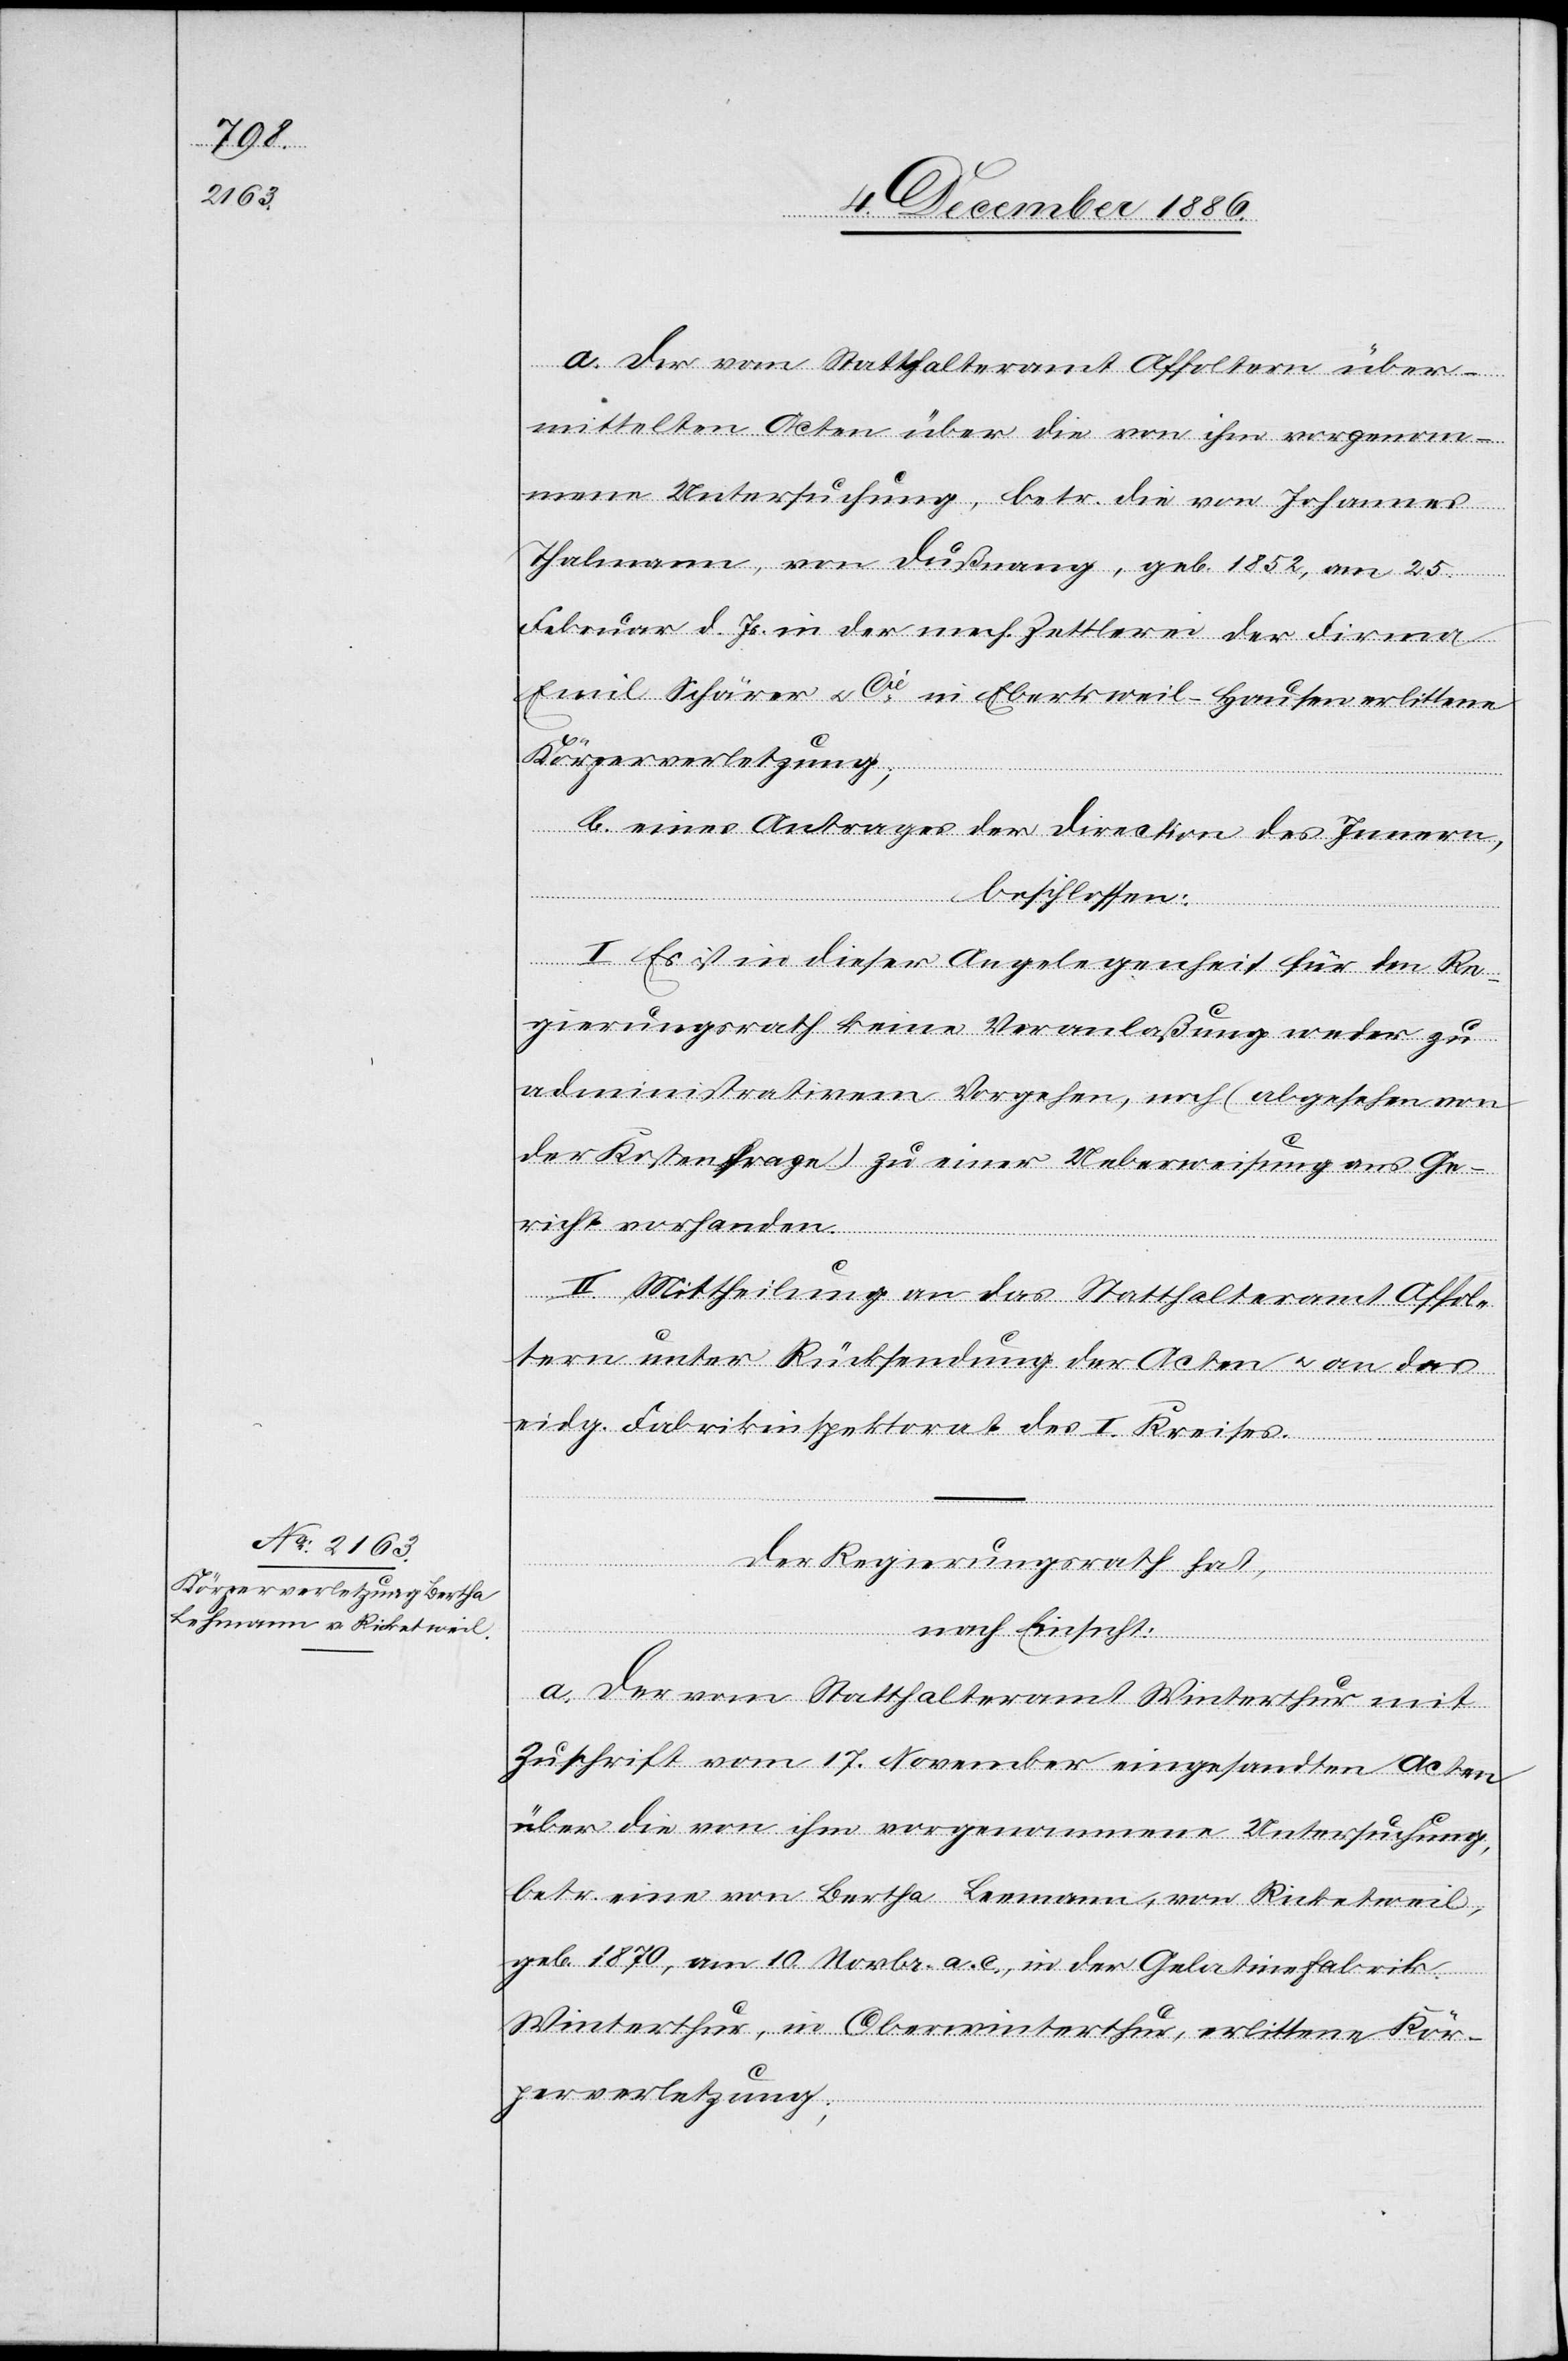
a. der vom Statthalteramt Affoltern über¬
mittelten Acten über die von ihm vorgenom¬
mene Untersuchung, betr. die von Johannes
Thalmann, von Dußnang, geb. 1852, am 25.
Februar d. Js. in der mech. Zettlerei der Firma
Emil Schärer & Cie in Ebertsweil - Hausen erlittene
Körperverletzung;
b. eines Antrages der Direction des Innern,
beschlossen:
I. Es ist in dieser Angelegenheit für den Re¬
gierungsrath keine Veranlaßung weder zu
administrativem Vorgehen, noch (abgesehen von
der Kostenfrage) zu einer Ueberweisung ans Ge¬
richt vorhanden.
II. Mittheilung an das Statthalteramt Affol¬
tern unter Rücksendung der Acten & an das
eidg. Fabrikinspektorat des I. Kreises.
Der Regierungsrath hat,
nach Einsicht:
a. Der vom Statthalteramt Winterthur mit
Zuschrift vom 17. November eingesandten Acten
über die von ihm vorgenommene Untersuchung,
betr. eine von Bertha Leemann [sic!], von Ricketweil,
geb. 1870, am 10. Novbr. a. c., in der Gelatinefabrik
Winterthur, in Oberwinterthur, erlittene Kör¬
perverletzung;